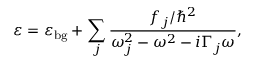
\varepsilon = \varepsilon _ { \mathrm { { b g } } } + \sum _ { j } { \frac { f _ { j } / \hbar ^ { 2 } } { \omega _ { j } ^ { 2 } - \omega ^ { 2 } - i \Gamma _ { j } \omega } } ,